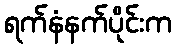
ရက်နံနက်ပိုင်းက